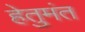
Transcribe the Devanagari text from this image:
हेतुमंत